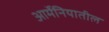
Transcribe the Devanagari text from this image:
आर्मेनियातील